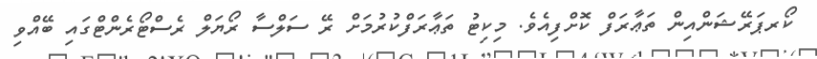
ކޯރޕަރޭޝަންއިން ތަޢާރަފް ކޮށްފިއެވެ. މިކިޓު ތަޢާރަފްކުރުމަށް ރޭ ސަލްސާ ރޯޔަލް ރެސްޓޯރެންޓްގައި ބޭއްވި